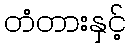
တံတားနှင့်